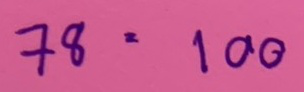
78 = 100